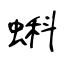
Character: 蝌